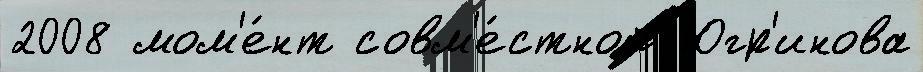
2008 мом'е́нт совм'е́стной Югр'инова